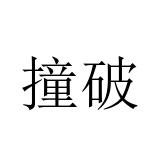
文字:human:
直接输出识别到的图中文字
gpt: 撞破